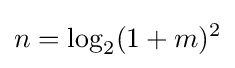
n=\log _{2}(1+m)^{2}